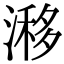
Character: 𣻗